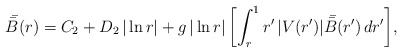
\begin{align*}\bar {\mskip-3mu\bar B} (r) = C_2+D_2\,|\ln r|+g\,|\ln r|\,\biggl[\int_r^1 r'\,|V(r')|\,\bar {\mskip-3mu\bar B}(r')\,dr'\biggr],\end{align*}